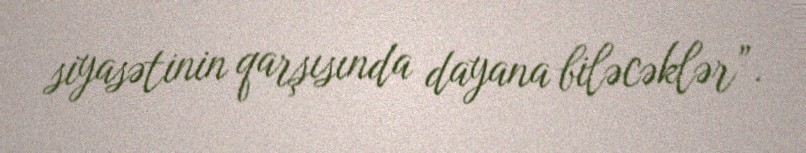
siyasətinin qarşısında dayana biləcəklər”.